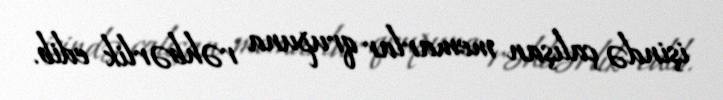
işində çalışan memarlar qrupuna rəhbərlik edib.